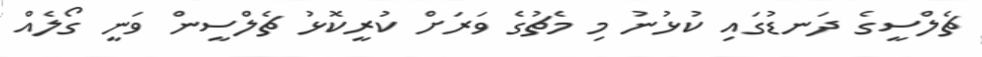
ޗެލްސީގެ ދަނޑުގައި ކުޅުނު މި މެޗުގެ ވަރަށް ކުރީކޮޅު ޗެލްސީން ވަނީ ގޯލެއް